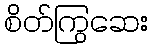
စိတ်ကြွဆေး